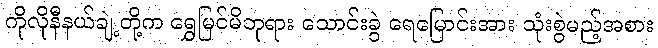
ကိုလိုနီနယ်ချဲ့တို့က ရွှေမြင်မိဘုရား သောင်းခွဲ ရေမြောင်းအား သုံးစွဲမည့်အစား